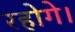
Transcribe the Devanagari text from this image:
रहोगे।